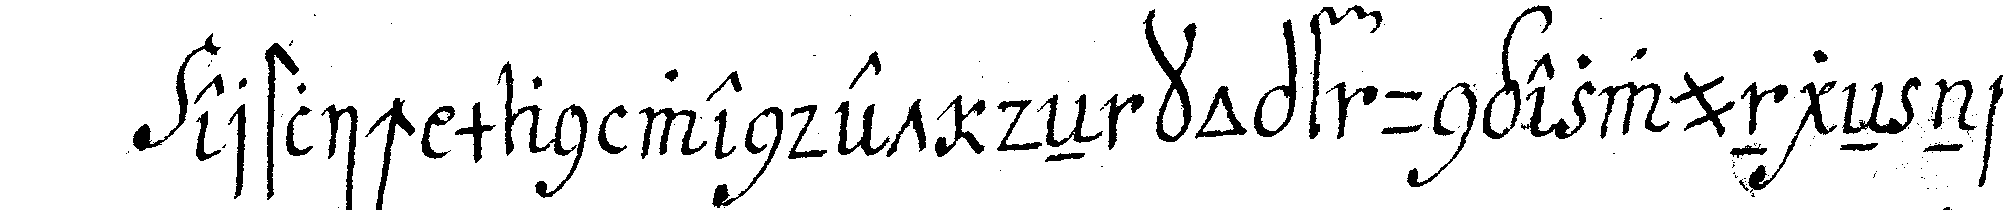
erstlich man wendet deN kopf ungezwungeN nach